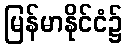
မြန်မာနိုင်ငံ၌